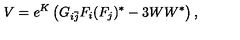
V = e ^ { K } \left( G _ { i { \bar { j } } } F _ { i } ( F _ { j } ) ^ { * } - 3 W W ^ { * } \right) ,